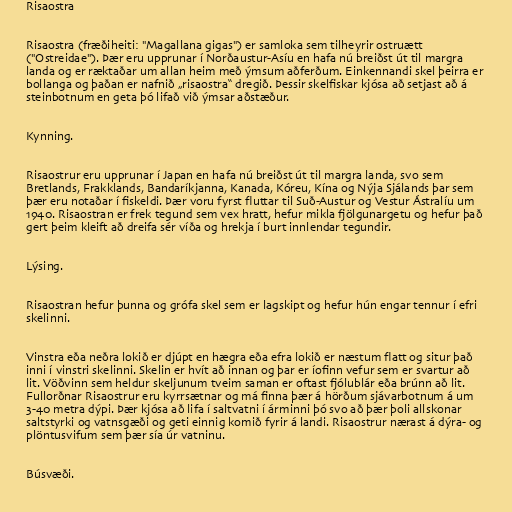
Risaostra

Risaostra (fræðiheiti: "Magallana gigas") er samloka sem tilheyrir ostruætt
("Ostreidae"). Þær eru upprunar í Norðaustur-Asíu en hafa nú breiðst út til margra
landa og er ræktaðar um allan heim með ýmsum aðferðum. Einkennandi skel þeirra er
bollanga og þaðan er nafnið „risaostra“ dregið. Þessir skelfiskar kjósa að setjast að á
steinbotnum en geta þó lifað við ýmsar aðstæður.

Kynning.

Risaostrur eru upprunar í Japan en hafa nú breiðst út til margra landa, svo sem
Bretlands, Frakklands, Bandaríkjanna, Kanada, Kóreu, Kína og Nýja Sjálands þar sem
þær eru notaðar í fiskeldi. Þær voru fyrst fluttar til Suð-Austur og Vestur Ástralíu um
1940. Risaostran er frek tegund sem vex hratt, hefur mikla fjölgunargetu og hefur það
gert þeim kleift að dreifa sér víða og hrekja í burt innlendar tegundir.

Lýsing.

Risaostran hefur þunna og grófa skel sem er lagskipt og hefur hún engar tennur í efri
skelinni.

Vinstra eða neðra lokið er djúpt en hægra eða efra lokið er næstum flatt og situr það
inni í vinstri skelinni. Skelin er hvít að innan og þar er íofinn vefur sem er svartur að
lit. Vöðvinn sem heldur skeljunum tveim saman er oftast fjólublár eða brúnn að lit.
Fullorðnar Risaostrur eru kyrrsætnar og má finna þær á hörðum sjávarbotnum á um
3-40 metra dýpi. Þær kjósa að lifa í saltvatni í árminni þó svo að þær þoli allskonar
saltstyrki og vatnsgæði og geti einnig komið fyrir á landi. Risaostrur nærast á dýra- og
plöntusvifum sem þær sía úr vatninu.

Búsvæði.